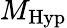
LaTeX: M_{\mathrm{Hyp}}